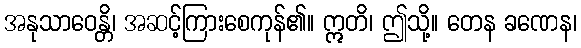
အနုသာဝေန္တိ၊ အဆင့်ကြားစေကုန်၏။ ဣတိ၊ ဤသို့။ တေန ခဏေန၊